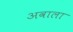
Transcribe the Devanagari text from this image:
अवाला